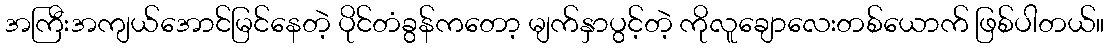
အကြီးအကျယ်အောင်မြင်နေတဲ့ ပိုင်တံခွန်ကတော့ မျက်နှာပွင့်တဲ့ ကိုလူချောလေးတစ်ယောက် ဖြစ်ပါတယ်။